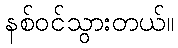
နစ်ဝင်သွားတယ်။